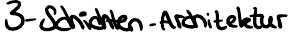
3-Schichten-Architektur